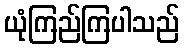
ယုံကြည်ကြပါသည်